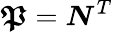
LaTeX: {\boldsymbol{\mathfrak{P}}}={\boldsymbol{N}}^{T}